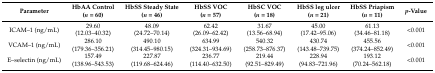
| Parameter | HbAA Control(n = 60) | HbSS Steady State(n = 46) | HbSS VOC(n = 57) | HbSC VOC(n = 18) | HbSS leg ulcer(n = 21) | HbSS Priapism(n = 11) | p-Value |
 | --- | --- | --- | --- | --- | --- | --- | --- |
 | ICAM–1 (ng/mL) | 29.60(12.03–40.32) | 48.09(24.72–70.14) | 62.42(26.09–62.42) | 31.67(13.56–68.94) | 45.00(17.42–95.06) | 61.13(34.46–81.18) | <0.001 |
 | VCAM–1 (ng/mL) | 286.10(179.36–356.21) | 490.10(314.45–980.15) | 634.99(324.31–934.69) | 540.32(258.73–876.37) | 430.74(143.48–739.75) | 455.56(374.24–852.49) | <0.001 |
 | E–selectin (ng/mL) | 157.49(138.96–543.53) | 227.87(119.68–624.46) | 236.77(114.40–632.50) | 219.44(92.51–829.49) | 228.94(94.83–721.96) | 193.12(70.24–562.18) | <0.001 |